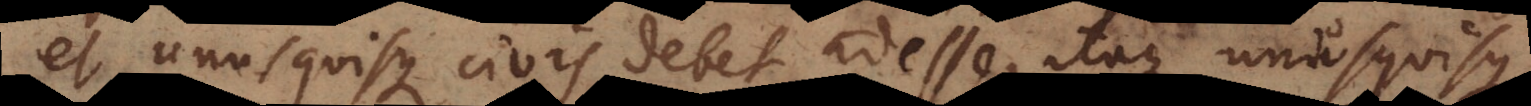
et unus quisque civis debet adesse, itaque unusquisque